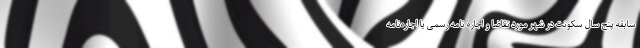
سابقه پنج سال سکونت در شهر مورد تقاضا و اجاره نامه رسمی یا اجاره‌نامه